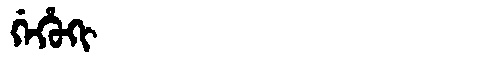
Manchu: ᡤᡝᡥᡠᡴᡳ
Romanization: GEHUKI